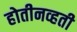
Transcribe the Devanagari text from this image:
होतीनव्हती